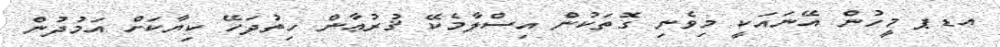
އޑޕ މީހުން އޭނައަކީ މިވެނި ގޮތަކުން އިސްލާމެކޭ ޤުރުޢާން ހިތުދަހޭ ކިޔާކަށް އަމުދުން